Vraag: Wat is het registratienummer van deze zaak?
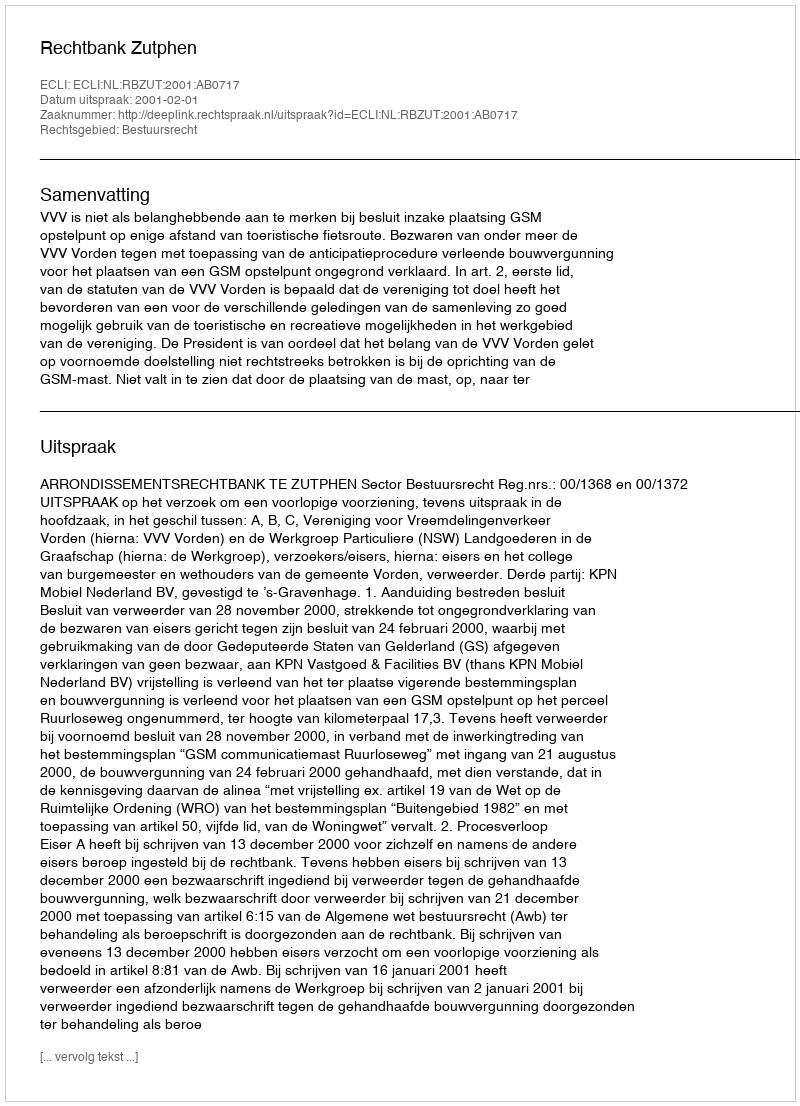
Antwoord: http://deeplink.rechtspraak.nl/uitspraak?id=ECLI:NL:RBZUT:2001:AB0717